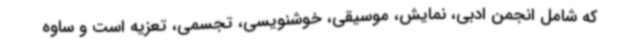
که شامل انجمن ادبی، نمایش، موسیقی، خوشنویسی، تجسمی، تعزیه است و ساوه